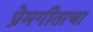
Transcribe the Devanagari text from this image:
प्रेमगीताचा